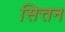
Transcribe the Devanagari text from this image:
सित्तन